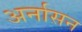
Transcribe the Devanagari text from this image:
अर्नासन